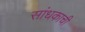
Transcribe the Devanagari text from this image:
सांधकाची